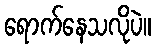
ရောက်နေသလိုပဲ။